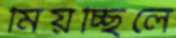
মিয়চ্ছিলে